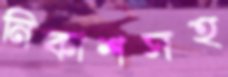
নিকাশসহ